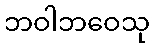
ဘဝါဘဝေသု